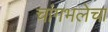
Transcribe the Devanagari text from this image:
चांगभलेचा